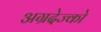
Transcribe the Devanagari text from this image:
अग्रदेज्को